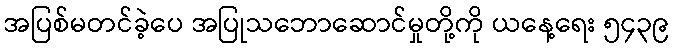
အပြစ်မတင်ခဲ့ပေ အပြုသဘောဆောင်မှုတို့ကို ယနေ့ရေး ၅၄၃၉